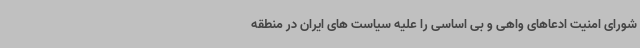
شورای امنیت ادعاهای واهی و بی اساسی را علیه سیاست های ایران در منطقه